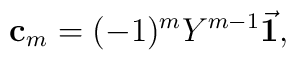
{\bf c}_m=(-1)^mY^{m-1}{\vec{\bf 1}},\label c